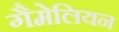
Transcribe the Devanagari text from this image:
गैमेलियन